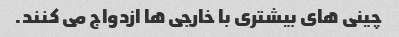
چینی های بیشتری با خارجی ها ازدواج می کنند.